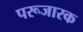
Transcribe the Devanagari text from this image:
परूजारक